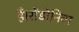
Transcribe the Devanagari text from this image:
हैं।रोंडोनिया